Statistics compiled by the Government of India from the reports of provincial Civil Veterinary Departments
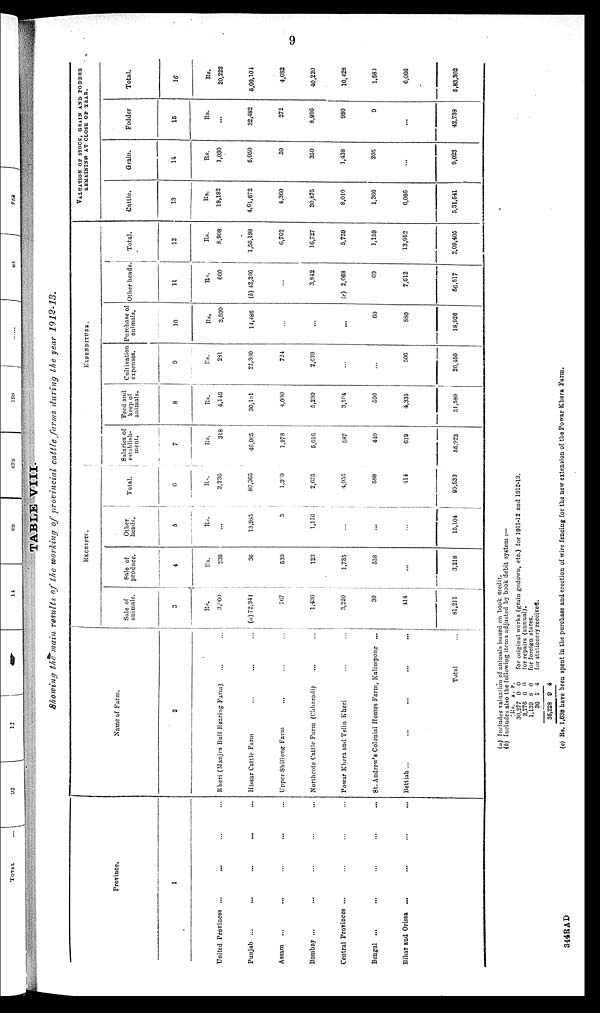
9
TABLE VIII.
Showing the main results of the working of provincial cattle farms during the year
1912-13.
Province.
1
United Provinces ... ... ... ... ...
Punjab ... ... ...
Assam ... ...
Bombay ... ... ...
Central Provinces ... ... ...
Bengal ... ... ...
Bihar and Orissa
... ... ... ... ...
Name of Farm.
2
Kheri (Manjra Bull Hearing Farm) ... ... ...
Hissar Cattle Farm ... ... ...
Upper Shillong Farm ... ... ...
Northcote Cattle Farm (Chharodi) ... ... ...
Powar Khera and Telin Kheri ... ... ...
St. Andrew's Colonial Homos Farm, Kalimpong ...
Bettiah ...
...
...
...
Total
...
RECEIPTE.
Sale of
animals.
3
Rs.
3,900
(a) 72,344
767
1,436
3,220
30
414
81,211
Palo of
produce.
4
Rs.
236
36
530
123
1,735
558
...
3,218
Other
heads.
5
Rs.
...
13,985
3
1,116
...
...
...
15,104
Total.
6
Rs.
3,236
86,365
1,360
2,675
4,955
588
414
99,533
EXPENDITURE.
Salaries of
establish-
ment.
7
Rs.
318
46,965
1,978
5,016
587
440
619
55,923
Feed and
keep of
animals.
8
Rs.
4,149
30,181
4,000
5,230
3,101
590
4,335
51,589
Cultivation
expenses.
9
Rs.
281
22,300
724
2,639
...
...
506
26,450
Purchase of
animals.
10
Rs.
3,500
14,486
...
...
...
60
880
18,926
Other beads
11
Rs.
660
(b) 42,266
...
3,842
(c) 2,068
69
7,612
56,517
Total.
12
Rs.
8,908
1,56,198
6,702
16,727
5,759
1,159
13,952
2,09,405
VALUATION OF STOCK, GRAIN AND FODD
Cattle.
13
Rs.
19,192
4,61,672
4,360
30,875
8,010
1,366
6,086
5,31,541
Grain.
11
Rs.
1,030
5,950
50
350
1,438
205
...
9,023
Fodder
15
Rs.
...
32,482
272
8,995
980
9
...
42,738
Total.
16
Rs.
20,222
5,00,104
4,682
40,220
10,428
1,580
6,066
5,83,302
(a) Includes valuation of animals issued on book credit.
(b) Includes also the following items adjusted by book debit
system:
Rs.
30,277
3,770
1,139
36
35,223
A.
0
0
8
1
9
P.
0
0
0
4
4
for original works (grain godown, etc.) for 1911-12 and 1912-13.
lor repairs (annual).
for foreign stores.
for stationery received.
(c) Rs. 1,638 have been spent in the purchase and erection of wire fencing for the new extension of the Powar Khera Farm.
344RAD